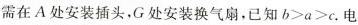
需在A处安装插头，G处安装换气扇，已知$$b > a > c$$.电